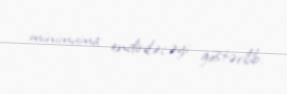
minimuma endiriləcəyi göstərilib.